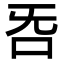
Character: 𣄮